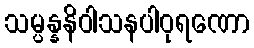
သမ္ပန္နနိဝါသနပါဝုရဏော